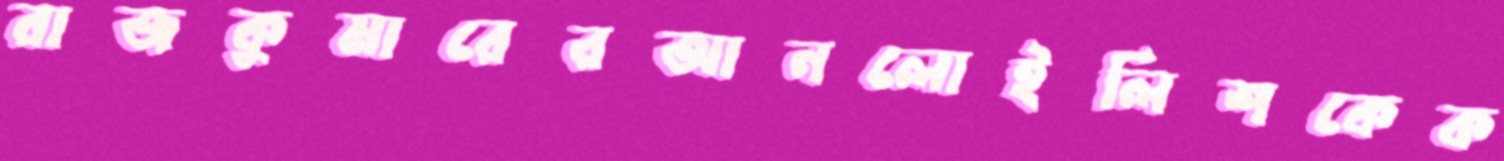
রাজকুমারেরআনলোইলিশকেক